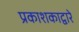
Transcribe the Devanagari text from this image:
प्रकाशकाद्वारे